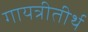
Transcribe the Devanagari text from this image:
गायत्रीतीर्थ